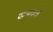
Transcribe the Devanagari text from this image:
जयकर्त